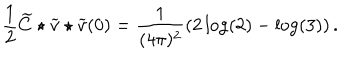
\frac { 1 } { 2 } \widetilde { C } \star \widetilde { v } \star \widetilde { v } ( 0 ) = \frac { 1 } { ( 4 \pi ) ^ { 2 } } \left( 2 \log ( 2 ) - \log ( 3 ) \right) .